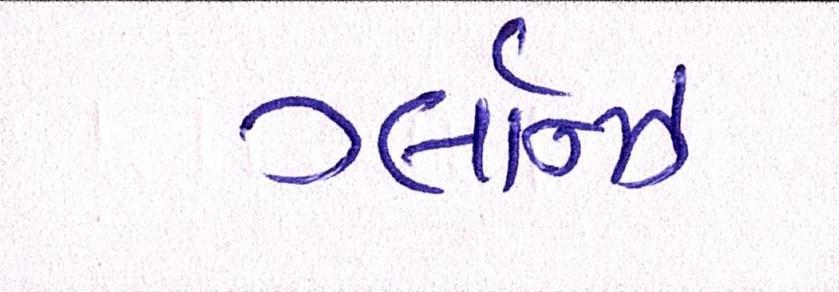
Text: ગ્લૉવ્ઝ